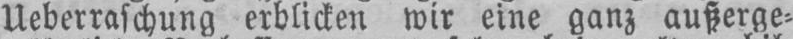
Ueberraschung erblicken wir eine ganz außerge⸗